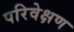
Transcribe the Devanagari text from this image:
परिवेक्षण